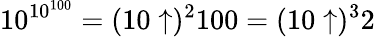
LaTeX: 10^{10^{100}}=(10\uparrow)^{2}100=(10\uparrow)^{3}2